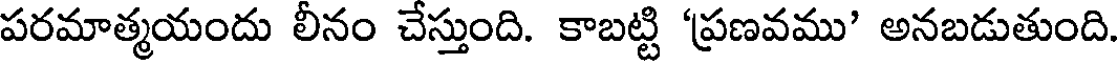
పరమాత్మయందు లీనం చేస్తుంది. కాబట్టి 'ప్రణవము' అనబడుతుంది.